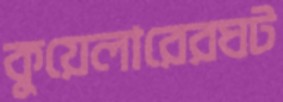
কুয়েলারেরঘট